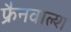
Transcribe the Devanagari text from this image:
फ्रैनवाल्श